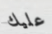
عليك